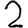
Digit: 2